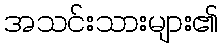
အသင်းသားများ၏